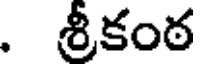
. శ్రీకంఠ